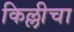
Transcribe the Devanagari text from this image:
किल्लीचा